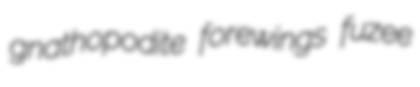
gnathopodite forewings fuzee